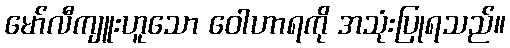
မော်လီကျူးဟူသော ဝေါဟာရကို အသုံးပြုရသည်။